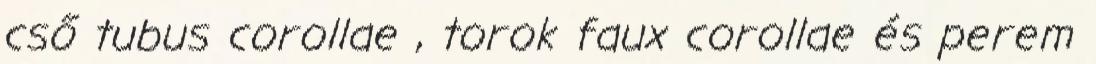
cső tubus corollae , torok faux corollae és perem